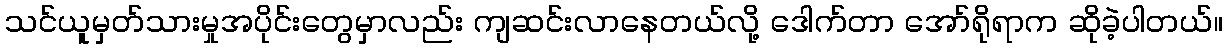
သင်ယူမှတ်သားမှုအပိုင်းတွေမှာလည်း ကျဆင်းလာနေတယ်လို့ ဒေါက်တာ အော်ရိုရာက ဆိုခဲ့ပါတယ်။